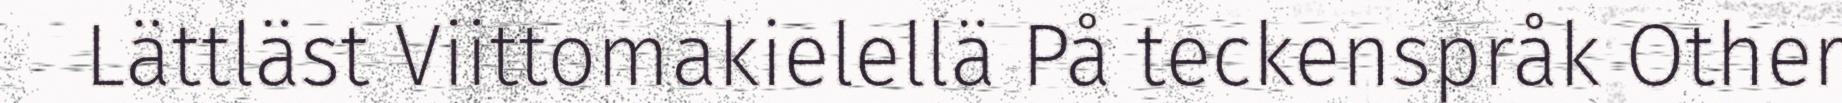
Lättläst Viittomakielellä På teckenspråk Other